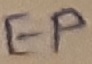
Text: EP